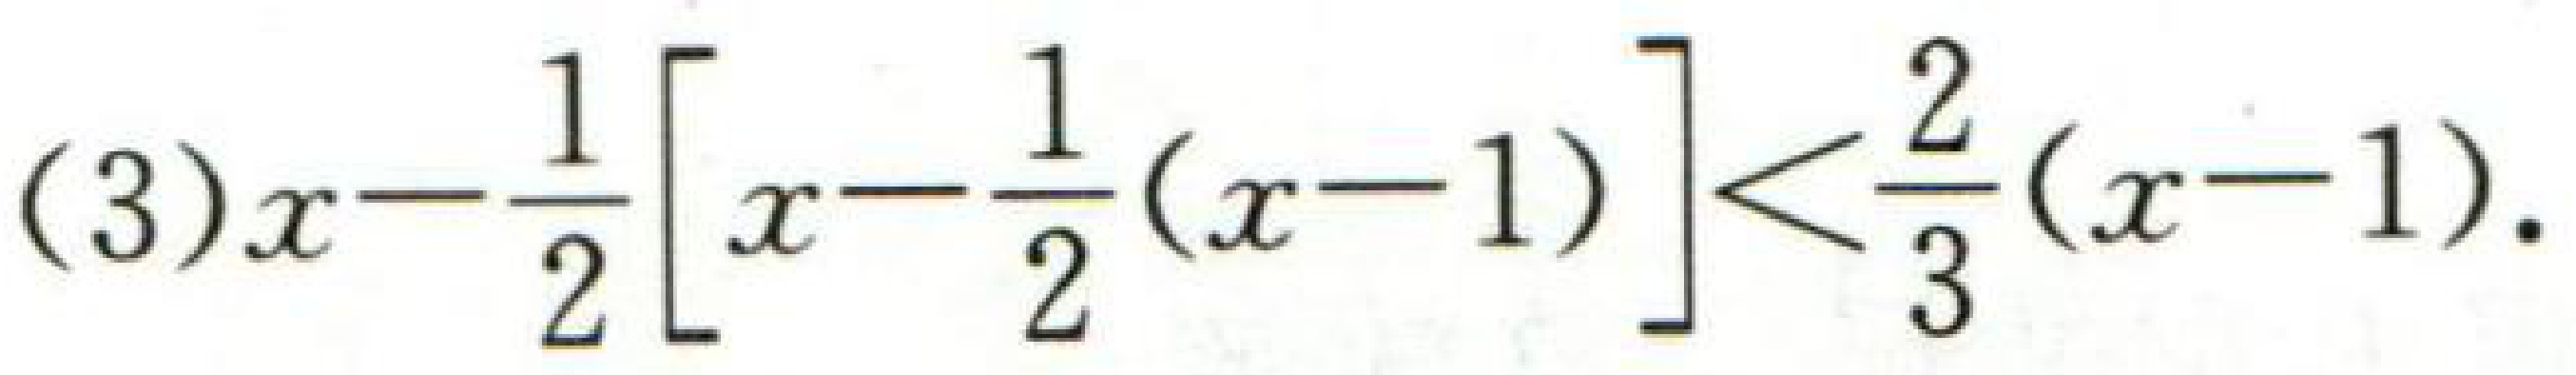
(3)\(x-\frac{1}{2}\left[x - \frac{1}{2}(x - 1)\right]<\frac{2}{3}(x - 1)\)